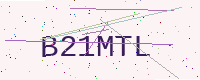
Text: B21MTL